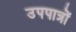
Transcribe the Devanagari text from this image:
उपपात्रों